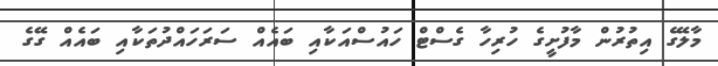
މާލޭގެ އިތުރުން މާފުށީގެ ހުރިހާ ގެސްޓް ހައުސްއަކާއި ބައެއް ސަރަހައްދުތަކާއި ބައެއް ގޭގެ